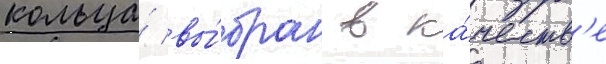
кольца́ вы́бран в ка́честв'е